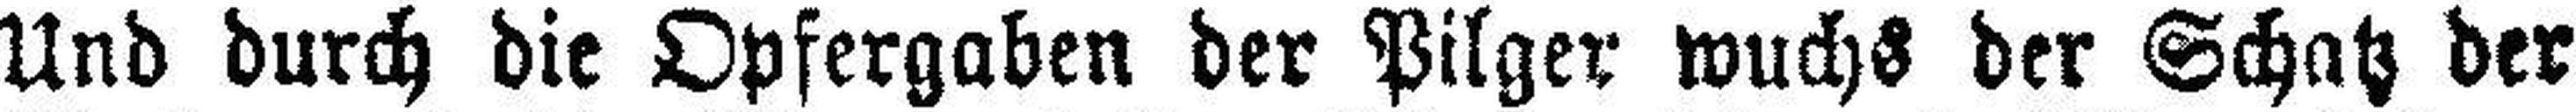
Und durch die Opfergaben der Pilger wuchs der Schatz der